Indian journal of veterinary science and animal husbandry - Volumes 24-25, 1954-1955
Year: 1954
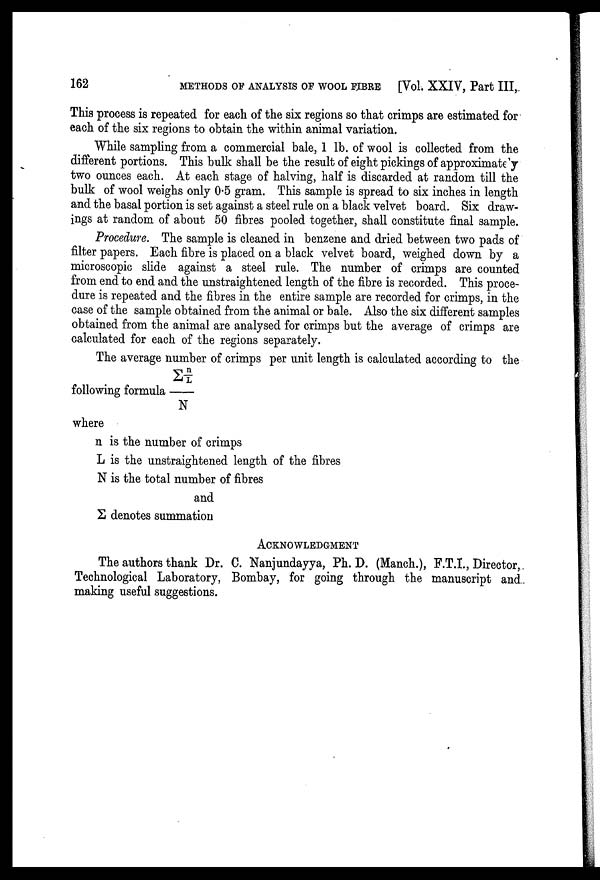
162 METHODS OF ANALYSIS OF WOOL FIBRE [Vol. XXIV, Part III,
This process is repeated for each of the six regions so that crimps are estimated for
each of the six regions to obtain the within animal variation.
While sampling from a commercial bale, 1 lb. of wool is collected from the
different portions. This bulk shall be the result of eight pickings of approximate y
two ounces each. At each stage of halving, half is discarded at random till the
bulk of wool weighs only 0.5 gram. This sample is spread to six inches in length
and the basal portion is set against a steel rule on a black velvet board. Six draw
ings at random of about 50 fibres pooled together, shall constitute final sample.
Procedure. The sample is cleaned in benzene and dried between two pads of
filter papers. Each fibre is placed on a black velvet board, weighed down by a
microscopic slide against a steel rule. The number of crimps are counted
from end to end and the unstraightened length of the fibre is recorded. This proce
dure is repeated and the fibres in the entire sample are recorded for crimps, in the
case of the sample obtained from the animal or bale. Also the six different samples
obtained from the animal are analysed for crimps but the average of crimps are
calculated for each of the regions separately.
The average number of crimps per unit length is calculated according to the
following formula Σn/L/N
where
n is the number of crimps
L is the unstraightened length of the fibres
N is the total number of fibres
and
Σ denotes summation
ACKNOWLEDGMENT
The authors thank Dr. C. Nanjundayya, Ph. D. (Manch.), F.T.I., Director,
Technological Laboratory, Bombay, for going through the manuscript and
making useful suggestions.